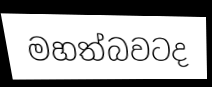
මහත්බවටද